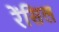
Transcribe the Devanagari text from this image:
रेंसिल